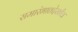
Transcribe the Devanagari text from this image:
समारंभातदेखील